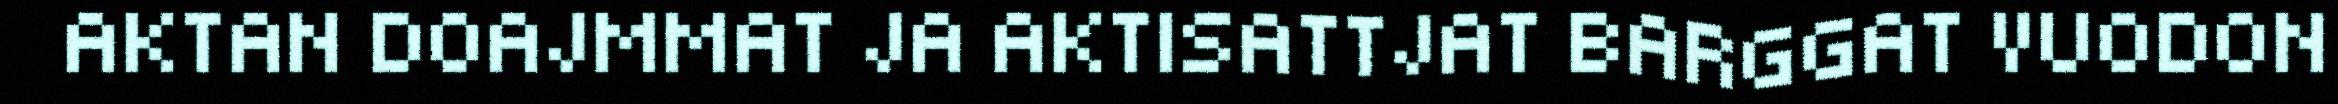
AKTAN DOAJMMAT JA AKTISATTJAT BARGGAT VUODON